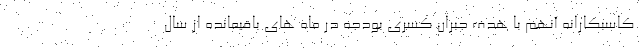
کاسبکارانه آنهم با هدف جبران کسری بودجه در ماه های باقیمانده از سال